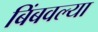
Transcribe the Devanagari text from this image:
बिंबवल्या